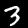
Label: 3